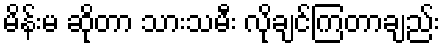
မိန်းမ ဆိုတာ သားသမီး လိုချင်ကြတာချည်း